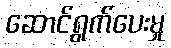
ဆောင်ရွက်ပေးမှု